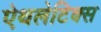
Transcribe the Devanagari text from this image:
ऐथलेटिक्स